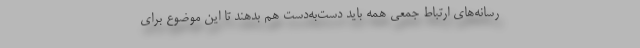
رسانه‌های ارتباط جمعی همه باید دست‌به‌دست هم بدهند تا این موضوع برای